Civil Veterinary Department. Central Provinces & Berar 1932-41 - 1932-1941
Year: 1932
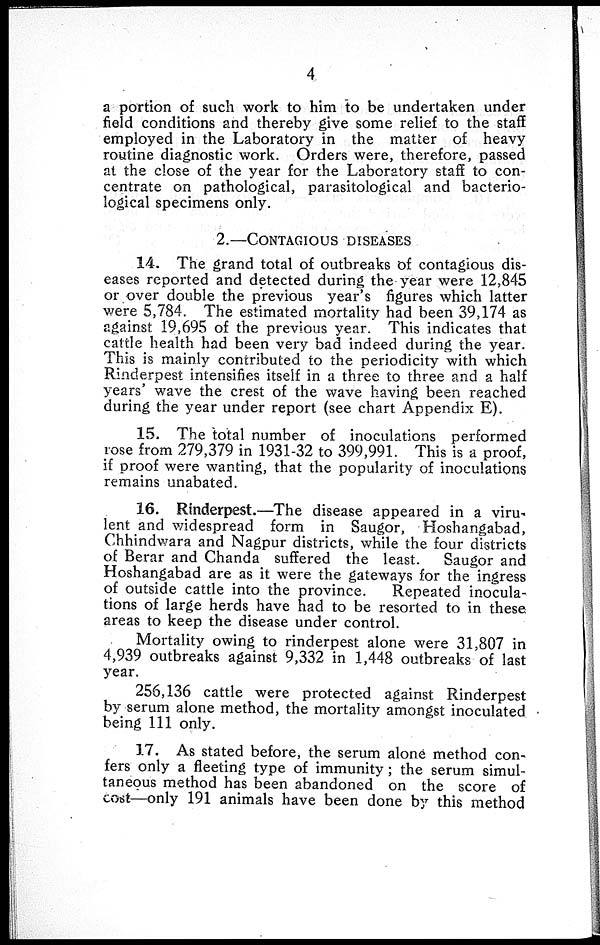
4
a portion of such work to him to be undertaken under
field conditions and thereby give some relief to the staff
employed in the Laboratory in the matter of heavy
routine diagnostic work. Orders were, therefore, passed
at the close of the year for the Laboratory staff to con-
centrate on pathological, parasitological and bacterio-
logical specimens only.
2.—CONTAGIOUS
DISEASES
14. The grand total of outbreaks of contagious dis-
eases reported and detected during the year were 12,845
or over double the previous year's figures which latter
were 5,784. The estimated mortality had been 39,174 as
against 19,695 of the previous year. This indicates that
cattle health had been very bad indeed during the year.
This is mainly contributed to the periodicity with which
Rinderpest intensifies itself in a three to three and a half
years' wave the crest of the wave having been reached
during the year under report (see chart Appendix E).
15. The total number of inoculations performed
rose from 279,379 in 1931-32 to 399,991. This is a proof,
if proof were wanting, that the popularity of inoculations
remains unabated.
16. Rinderpest.—The disease appeared in a viru-
lent and widespread form in Saugor, Hoshangabad,
Chhindwara and Nagpur districts, while the four districts
of Berar and Chanda suffered the least.
Saugor and
Hoshangabad are as it were the gateways for the ingress
of outside cattle into the province.
Repeated inocula-
tions of large herds have had to be resorted to in these
areas to keep the disease under control.
Mortality owing to rinderpest alone were 31,807 in
4,939 outbreaks against 9,332 in 1,448 outbreaks of last
year.
256,136 cattle were protected against Rinderpest
by serum alone method, the mortality amongst inoculated
being 111 only.
17. As stated before, the serum alone method con-
fers only a fleeting type of immunity; the serum simul-
taneous method has been abandoned on the score of
cost—only 191 animals have been done by this method